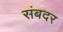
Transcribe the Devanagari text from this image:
संबदर